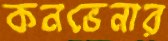
কনভেনার